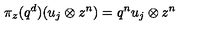
\pi _ { z } ( q ^ { d } ) ( u _ { j } \otimes z ^ { n } ) = q ^ { n } u _ { j } \otimes z ^ { n }